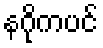
နဂိုကပင်